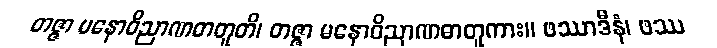
တဇ္ဇာ မနောဝိညာဏဓာတူတိ၊ တဇ္ဇာ မနောဝိညာဏဓာတူကား။ ဖဿာဒီနံ၊ ဖဿ